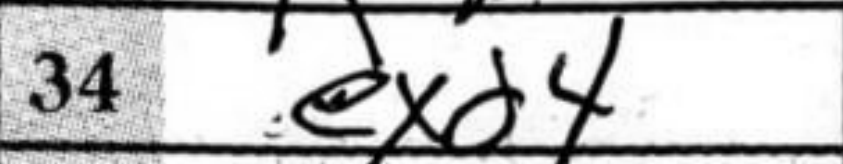
Transcription: exd4